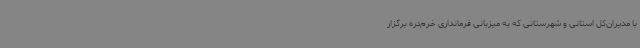
با مدیران‌کل استانی و شهرستانی که به میزبانی فرمانداری خرم‌دره برگزار